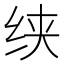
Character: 𰬍